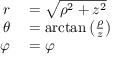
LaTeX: \begin{array} { r l } { r } & { { } = { \sqrt { \rho ^ { 2 } + z ^ { 2 } } } } \\ { \theta } & { { } = \arctan \left( { \frac { \rho } { z } } \right) } \\ { \varphi } & { { } = \varphi } \end{array}